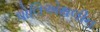
પોલિએથલીન